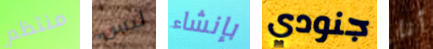
منتظم ليس بإنشاء جنودي أنا